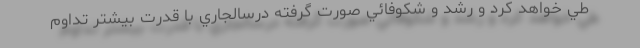
طي خواهد كرد و رشد و شكوفائي صورت گرفته درسالجاري با قدرت بيشتر تداوم